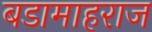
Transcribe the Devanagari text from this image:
बडामाहराज